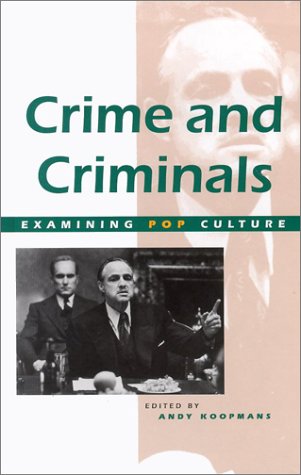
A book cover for Crime and Criminals (Examining Pop Culture); Andy Koopmans; Teen & Young Adult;